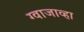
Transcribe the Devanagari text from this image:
ग्वाजाव्हा